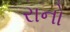
રાનો